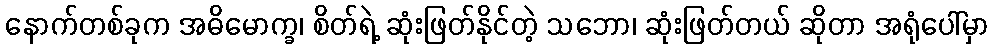
နောက်တစ်ခုက အဓိမောက္ခ၊ စိတ်ရဲ့ ဆုံးဖြတ်နိုင်တဲ့ သဘော၊ ဆုံးဖြတ်တယ် ဆိုတာ အရုံပေါ်မှာ